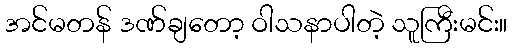
အင်မတန် ဒဏ်ချတော့ ဝါသနာပါတဲ့ သူကြီးမင်း။